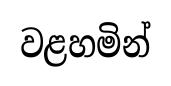
වළහමින්